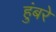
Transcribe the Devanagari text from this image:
हुंबरे